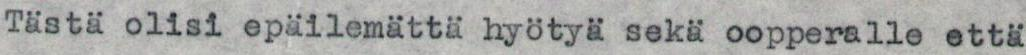
Tästä olisi epäilemättä hyötyä sekä oopperalle että